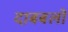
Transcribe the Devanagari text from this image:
दाबबलों